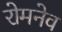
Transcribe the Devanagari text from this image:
रोमनेव